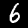
Digit: 6